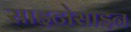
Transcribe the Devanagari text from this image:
साइटोसाइन